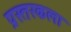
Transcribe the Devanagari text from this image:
प्रस्तरकला